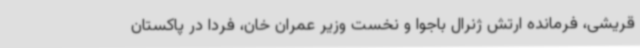
قریشی، فرمانده ارتش ژنرال باجوا و نخست وزیر عمران خان، فردا در پاکستان